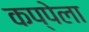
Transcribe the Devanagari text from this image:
कप्पेला